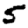
Digit: 5